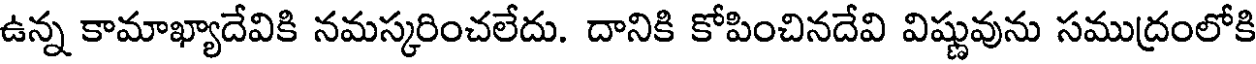
ఉన్న కామాఖ్యాదేవికి నమస్కరించలేదు. దానికి కోపించినదేవి విష్ణువును సముద్రంలోకి